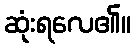
ဆုံးရလေ၏။